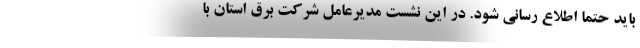
باید حتماً اطلاع رسانی شود. در این نشست مدیرعامل شرکت برق استان با